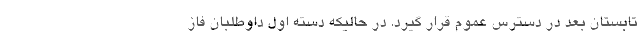
تابستان بعد در دسترس عموم قرار گیرد. در حالیکه دسته اول داوطلبان فاز